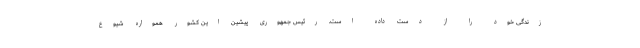
زندگی خود را از دست داده است. رئيس جمهوری پیشین این کشور همواره شیوع